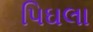
પિઘલા